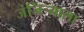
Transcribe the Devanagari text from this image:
जंजिर्‍याला